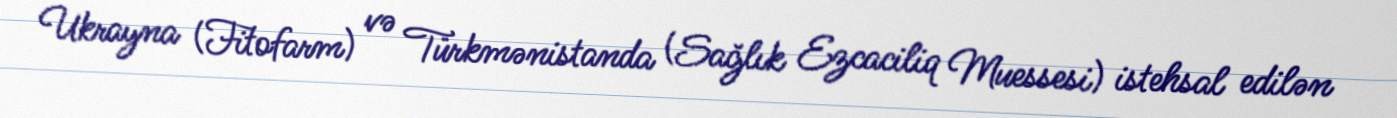
Ukrayna (Fitofarm) və Türkmənistanda (Sağlık Ezcaciliq Muessesi) istehsal edilən